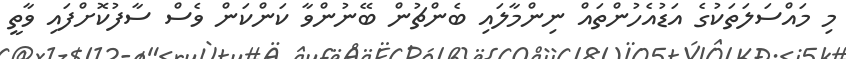
މި މައްސަލަތަކުގެ އަޑުއެހުންތައް ނިންމާލައި ބެންޗުން ބޭނުންވާ ކަންކަން ވެސް ސާފުކޮށްފައި ވާތީ